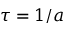
\tau = 1 / a